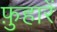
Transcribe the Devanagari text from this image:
फ़ुहारें